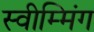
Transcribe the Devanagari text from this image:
स्वीम्मिंग